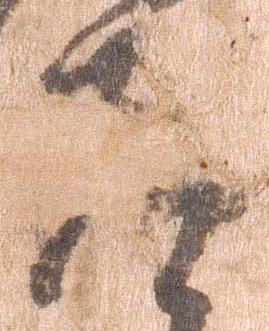
道